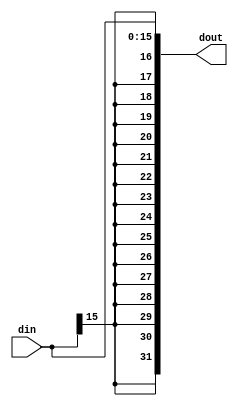
module signExtend (input [16-1:0] din,
                   output wire [32-1:0] dout
                   );
  
  assign dout = {{16{din[15]}},din};
  
endmodule